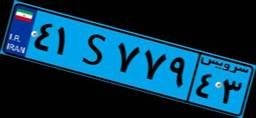
۱۰S۳۱۵۱۲